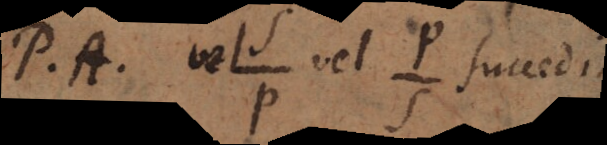
P. A. vel vel succedit.